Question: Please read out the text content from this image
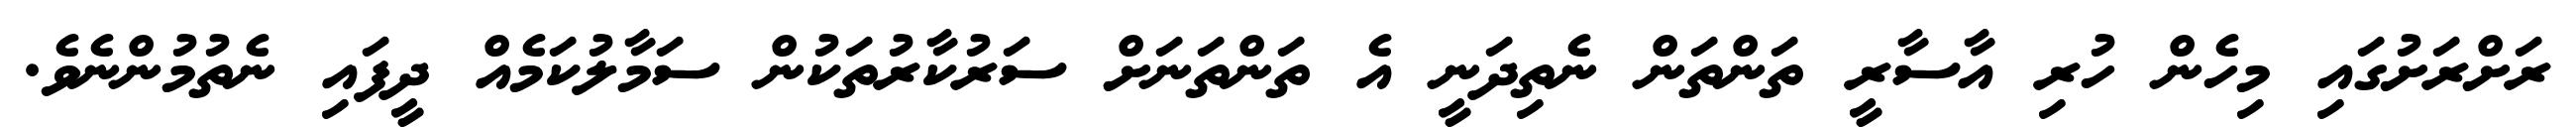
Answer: ރަށްރަށުގައި މިހެން ހުރި އާސާރީ ތަންތަން ނެތިދަނީ އެ ތަންތަނަށް ސަރުކާރުތަކުން ސަމާލުކަމެއް ދީފައި ނެތުމުންނެވެ.